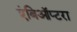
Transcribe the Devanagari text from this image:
एंबिऑप्टरा